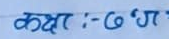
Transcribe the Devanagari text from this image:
कक्षा :- ८ 'ग'